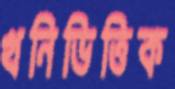
খনিভিত্তিক